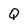
Character: Q